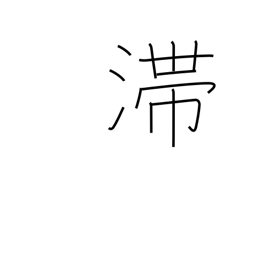
Meaning: stagnate